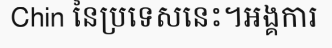
Chin នៃប្រទេសនេះ។អង្គការ